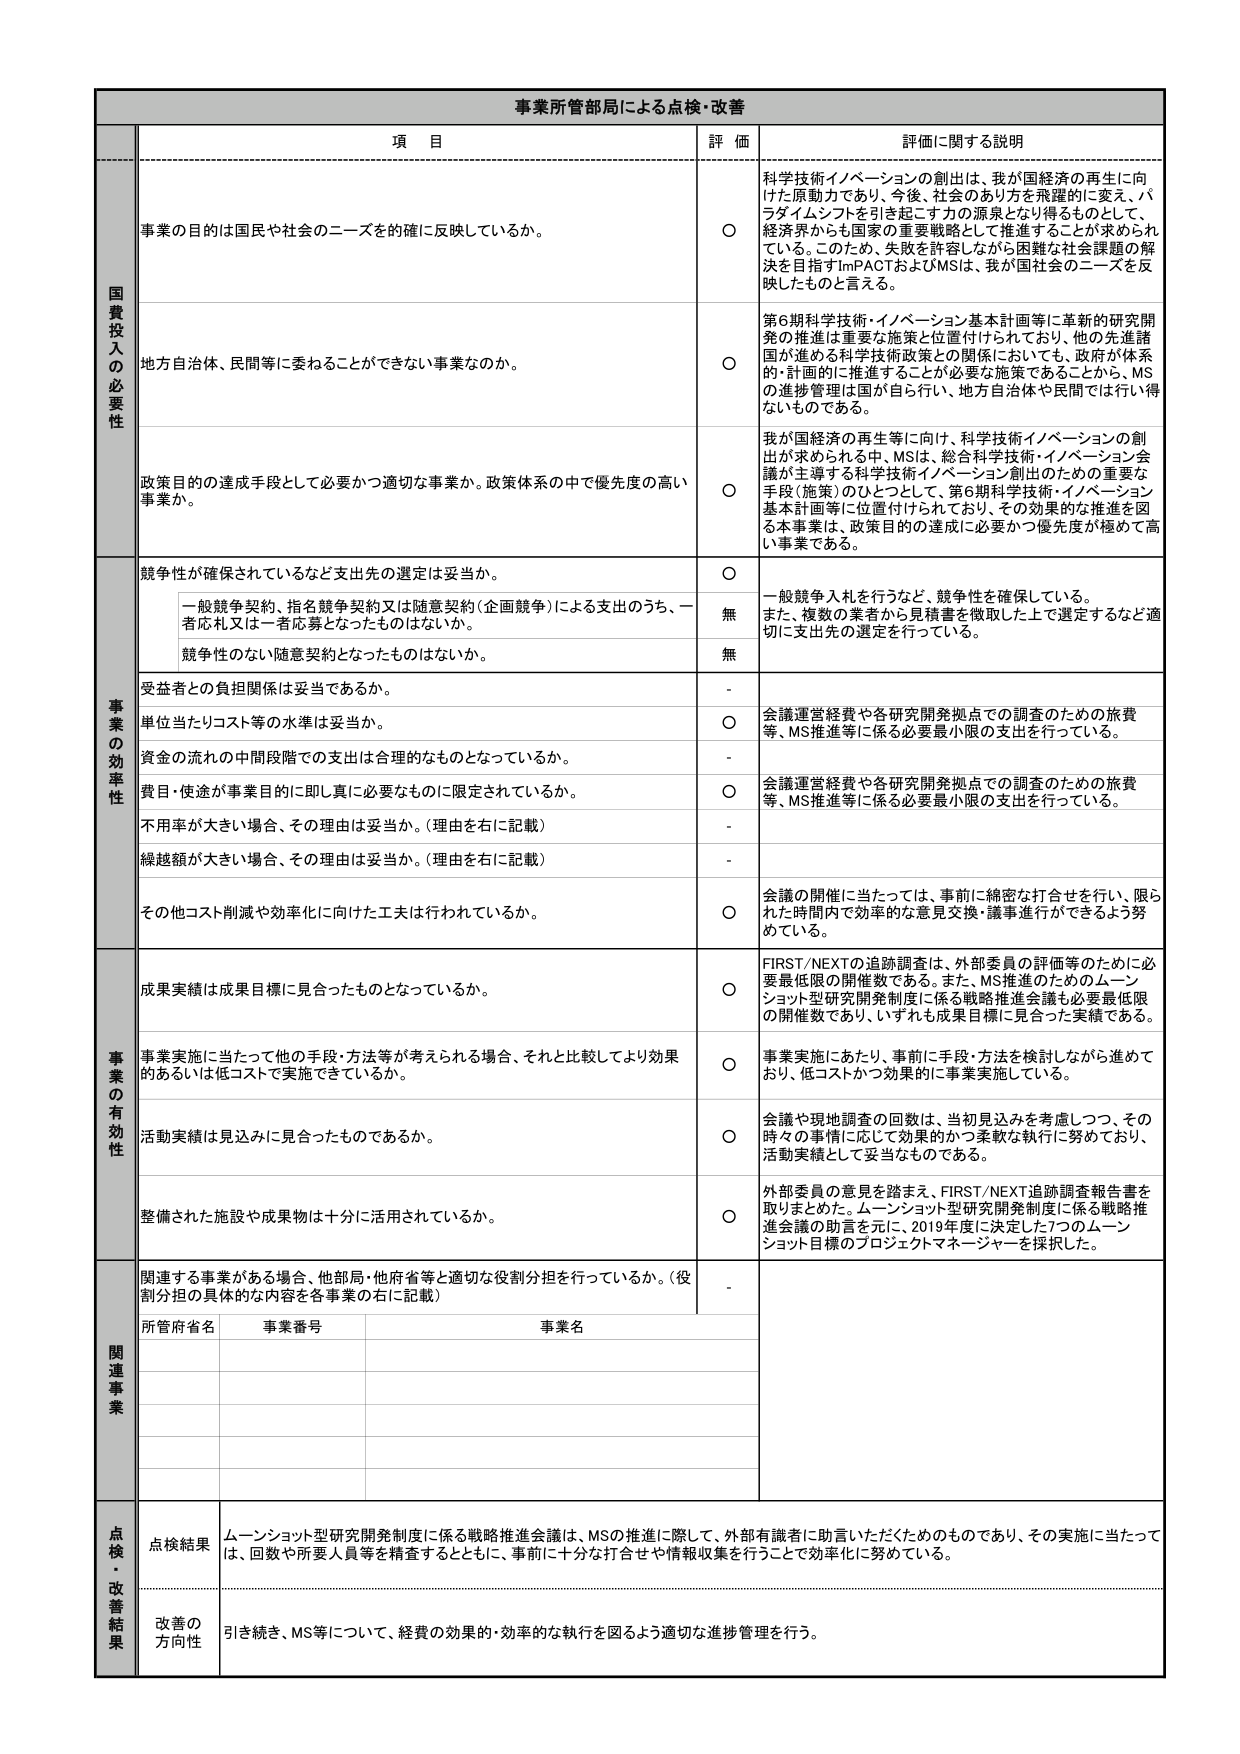
事業所管部局による点検・改善

項 目 評 価 詳細に関する説明

国費投入の必要性

事業の目的は国民や社会のニーズを的確に反映しているか。 ○ 科学技術イノベーションの創出は、我が国経済の再生に向けた原動力であり、今後、社会のあり方を飛躍的に変えて、パラダイムシフトを引き起こす力の源泉となり得るものとして、経済界からも国家の重要戦略として推進することが求められている。このため、失敗を許容しながら困難な社会課題の解決を目指すImpACTおよびMSは、我が国社会のニーズを反映したものと言える。

地方自治体、民間等に委ねることができない事業なのか。 ○ 第6期科学技術・イノベーション基本計画等に革新的研究開発の推進は重要な施策と位置付けられており、他の先進諸国が進める科学技術政策との関係においても、政府が体系的・計画的に推進することが必要な施策であることから、MSの進捗管理は国が自ら行い、地方自治体や民間では行い得ないものである。

政策目的の達成手段として必要かつ適切な事業か、政策体系の中で優先度の高い事業か。 ○ 我が国経済の再生等に向け、科学技術イノベーションの創出が求められる中、MSは、総合科学技術・イノベーション会議が主導する科学技術イノベーション創出のための重要な手段（施策）のひとつとして、第6期科学技術・イノベーション基本計画等に位置付けられており、その効果的な推進を図る本事業は、政策目的の達成に必要かつ優先度が極めて高い事業である。

事業の効率性

競争性が確保されているなど支出先の選定は妥当か。 ○ 一般競争入札を行うなど、競争性を確保している。また、複数の業者から見積書を徴取した上で選定するなど適切に支出先の選定を行っている。

一般競争契約、指名競争契約又は随意契約（企画競争）による支出のうち、一者応札又は一者応募となったものはないか。 無

競争性のない随意契約となったものはないか。 無

受益者との負担関係は妥当であるか。 -

単位当たりコスト等の水準は妥当か。 ○ 会議運営経費や各研究開発拠点での調査のための旅費等、MS推進等に係る必要最小限の支出を行っている。

資金の流れの中間段階での支出は合理的なものとなっているか。 -

費目・用途が事業目的に即し真に必要なものに限定されているか。 ○ 会議運営経費や各研究開発拠点での調査のための旅費等、MS推進等に係る必要最小限の支出を行っている。

不用率が大きい場合、その理由は妥当か。（理由を右に記載） -

繰越額が大きい場合、その理由は妥当か。（理由を右に記載） -

その他コスト削減や効率化に向けた工夫は行われているか。 ○ 会議の開催に当たっては、事前に綿密な打合せを行い、限られた時間内で効率的な意見交換・議事進行ができるよう努めている。

事業の有効性

成果実績は成果目標に見合ったものとなっているか。 ○ FIRST/NEXTの追跡調査は、外部委員の評価等のために必要最低限の開催数である。また、MS推進のためのムーンショット型研究開発制度に係る戦略推進会議も必要最低限の開催数であり、いずれも成果目標に見合った実績である。

事業実施に当たって他の手段・方法等が考えられる場合、それと比較してより効果的あるいは低コストで実施できているか。 ○ 事業実施にあたり、事前に手段・方法を検討しながら進めており、低コストかつ効果的に事業実施している。

活動実績は見込みに見合ったものであるか。 ○ 会議や現地調査の回数は、当初見込みを考慮しつつ、その時々の事情に応じて効果的かつ柔軟な執行に努めており、活動実績として妥当なものである。

整備された施設や成果物は十分に活用されているか。 ○ 外部委員の意見を踏まえ、FIRST/NEXT追跡調査報告書を取りまとめた。ムーンショット型研究開発制度に係る戦略推進会議の助言を元に、2019年度に決定した7つのムーンショット目標のプロジェクトマネージャーを採択した。

関連事業

関連する事業がある場合、他部局・他府省等と適切な役割分担を行っているか。（役割分担の具体的な内容を各事業の右に記載） -

所管府省名 事業番号 事業名

点検・改善結果

点検結果 ムーンショット型研究開発制度に係る戦略推進会議は、MSの推進に際して、外部有識者に助言いただくためのものであり、その実施に当たっては、回数や所要人員等を精査するとともに、事前に十分な打合せや情報収集を行うことで効率化に努めている。

改善の方向性 引き続き、MS等について、経費の効果的・効率的な執行を図るよう適切な進捗管理を行う。